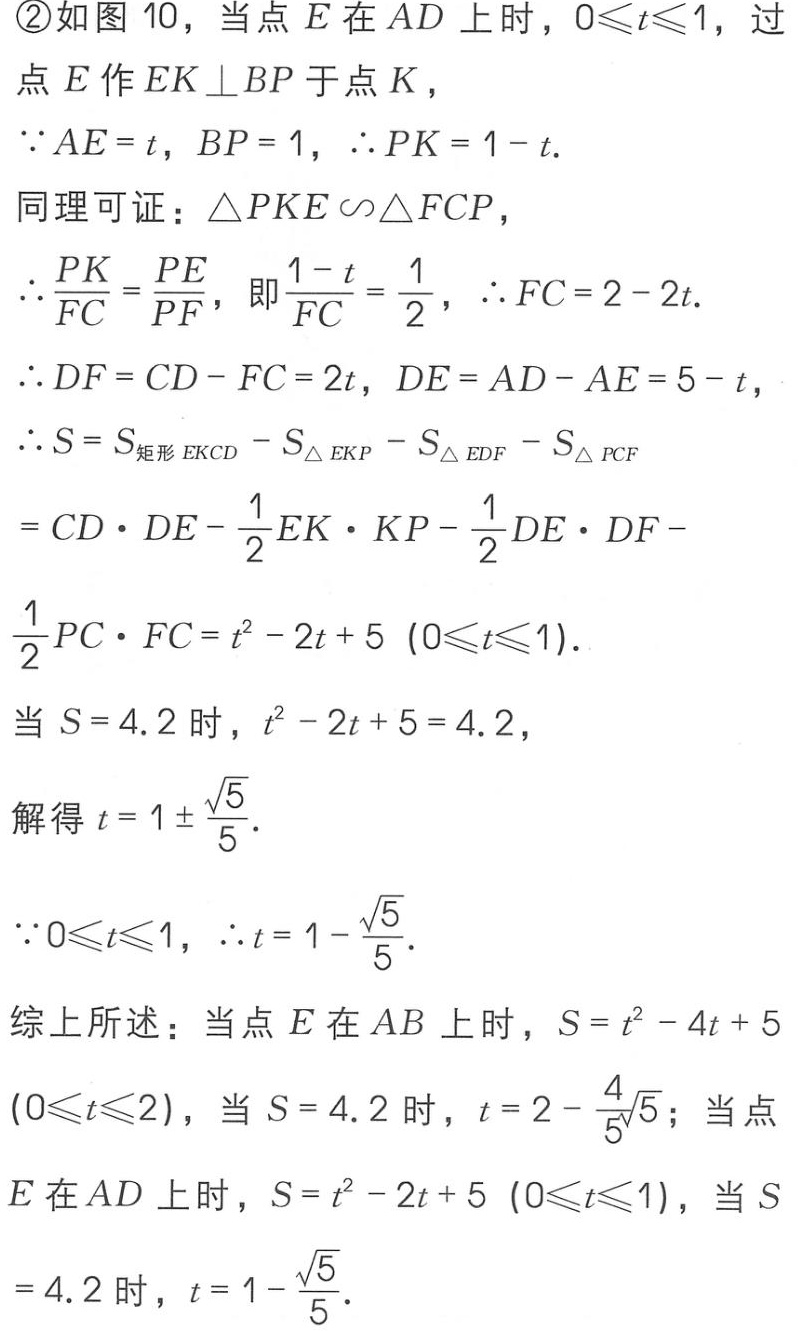
\textcircled{2}如图 10，当点 \(E\) 在 \(AD\) 上时，\(0\leqslant t\leqslant1\)，过点 \(E\) 作 \(EK\perp BP\) 于点 \(K\)，
\(\because AE = t\)，\(BP = 1\)，\(\therefore PK = 1 - t\).
同理可证：\(\triangle PKE\sim\triangle FCP\)，
\(\therefore\frac{PK}{FC}=\frac{PE}{PF}\)，即\(\frac{1 - t}{FC}=\frac{1}{2}\)，\(\therefore FC = 2 - 2t\).
\(\therefore DF = CD - FC = 2t\)，\(DE = AD - AE = 5 - t\)，
\(\therefore S = S_{矩形 EKCD}-S_{\triangle EKP}-S_{\triangle EDF}-S_{\triangle PCF}\)
\(= CD\cdot DE-\frac{1}{2}EK\cdot KP-\frac{1}{2}DE\cdot DF - \frac{1}{2}PC\cdot FC=t^{2}-2t + 5\ (0\leqslant t\leqslant1)\).
当 \(S = 4.2\) 时，\(t^{2}-2t + 5 = 4.2\)，
解得 \(t = 1\pm\frac{\sqrt{5}}{5}\).
\(\because0\leqslant t\leqslant1\)，\(\therefore t = 1-\frac{\sqrt{5}}{5}\).
综上所述：当点 \(E\) 在 \(AB\) 上时，\(S = t^{2}-4t + 5\ (0\leqslant t\leqslant2)\)，当 \(S = 4.2\) 时，\(t = 2-\frac{4}{5}\sqrt{5}\)；当点 \(E\) 在 \(AD\) 上时，\(S = t^{2}-2t + 5\ (0\leqslant t\leqslant1)\)，当 \(S = 4.2\) 时，\(t = 1-\frac{\sqrt{5}}{5}\).